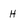
Character: H